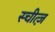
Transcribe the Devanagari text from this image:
स्चीत्ज़